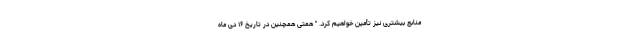
منابع بیشتری نیز تأمین خواهیم کرد. " همتی همچنین در تاریخ ۱۶ دی ماه